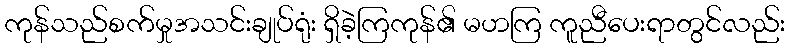
ကုန်သည်စက်မှုအသင်းချုပ်ရုံး ရှိခဲ့ကြကုန်၏ မဟကြ ကူညီပေးရာတွင်လည်း